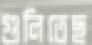
গুলিতেছ